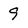
Character: 9